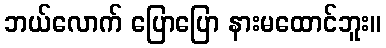
ဘယ်လောက် ပြောပြော နားမထောင်ဘူး။